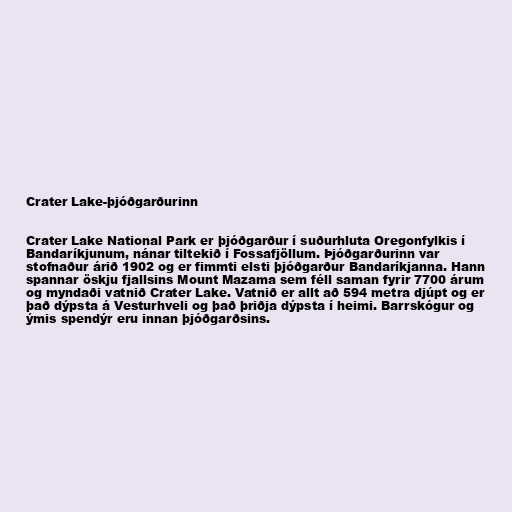
Crater Lake-þjóðgarðurinn

Crater Lake National Park er þjóðgarður í suðurhluta Oregonfylkis í
Bandaríkjunum, nánar tiltekið í Fossafjöllum. Þjóðgarðurinn var
stofnaður árið 1902 og er fimmti elsti þjóðgarður Bandaríkjanna. Hann
spannar öskju fjallsins Mount Mazama sem féll saman fyrir 7700 árum
og myndaði vatnið Crater Lake. Vatnið er allt að 594 metra djúpt og er
það dýpsta á Vesturhveli og það þriðja dýpsta í heimi. Barrskógur og
ýmis spendýr eru innan þjóðgarðsins.